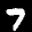
Label: 7